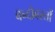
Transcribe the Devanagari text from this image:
बन्दोबस्तों